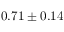
0 . 7 1 \pm 0 . 1 4